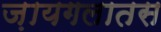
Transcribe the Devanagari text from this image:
ज़ायगलातस